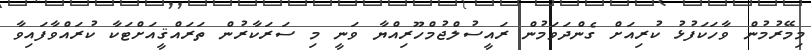
މިމޭރުމުން ވާހަކަފުޅު ކުރިއަށް ގެންދަވަމުން ރައީސުލްޖުމްހޫރިއްޔާ ވަނީ މި ސަރަކާރުން ތަރައްޤީއަށްޓަކާ ކުރައްވާފައިވާ